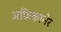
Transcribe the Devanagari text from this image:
अफ्रिकानेर